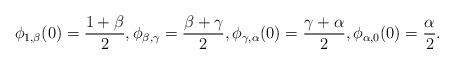
LaTeX: \begin{align*}\phi_{1,\beta}(0)=\frac{1+\beta}{2}, \phi_{\beta,\gamma}=\frac{\beta+\gamma}{2},\phi_{\gamma, \alpha}(0)=\frac{\gamma+\alpha}{2}, \phi_{\alpha,0}(0)=\frac{\alpha}{2}.\end{align*}